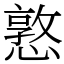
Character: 憝